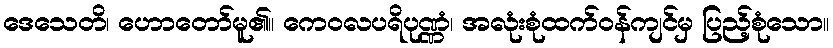
ဒေသေတိ၊ ဟောတော်မူ၏။ ကေဝလပရိပုဏ္ဏံ၊ အလုံးစုံထက်ဝန်ကျင်မှ ပြည့်စုံသော။